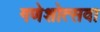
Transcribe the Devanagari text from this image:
गणेशोत्सवा